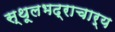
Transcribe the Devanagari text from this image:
स्थूलभद्राचार्य